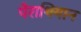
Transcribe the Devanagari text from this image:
पेराथियान